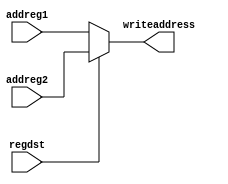
`timescale 1ns / 1ps
//////////////////////////////////////////////////////////////////////////////////
// Company: 
// Engineer: 
// 
// Design Name: 
// Module Name:    mux_2_1_5bit 
// Project Name: 
// Target Devices: 
// Tool versions: 
// Description: 
//
// Dependencies: 
//
// Revision: 
// Revision 0.01 - File Created
// Additional Comments: 
//
//////////////////////////////////////////////////////////////////////////////////
module mux_2_1_5bit(
	input regdst,
	input [4:0]addreg1, 
	input [4:0]addreg2,
	output [4:0]writeaddress
    );
assign writeaddress=regdst?addreg2:addreg1;

endmodule